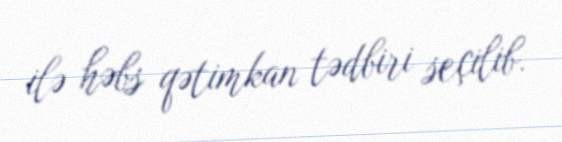
ilə həbs qətimkan tədbiri seçilib.